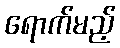
ရောက်မည့်